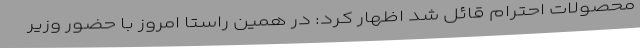
محصولات احترام قائل شد اظهار کرد: در همین راستا امروز با حضور وزیر